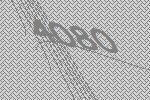
4080